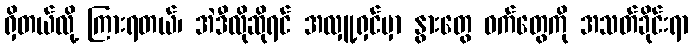
ရှိတယ်လို့ ကြားရတယ်၊ အဲဒီလိုဆိုရင် အလှူ့ရှင်မှာ နွားတွေ ဝက်တွေကို အသတ်ခိုင်းရာ